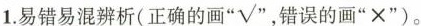
1.易错易混辨析(正确的画”√”，错误的画”×”)。